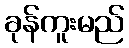
ခုန်ကူးမည်